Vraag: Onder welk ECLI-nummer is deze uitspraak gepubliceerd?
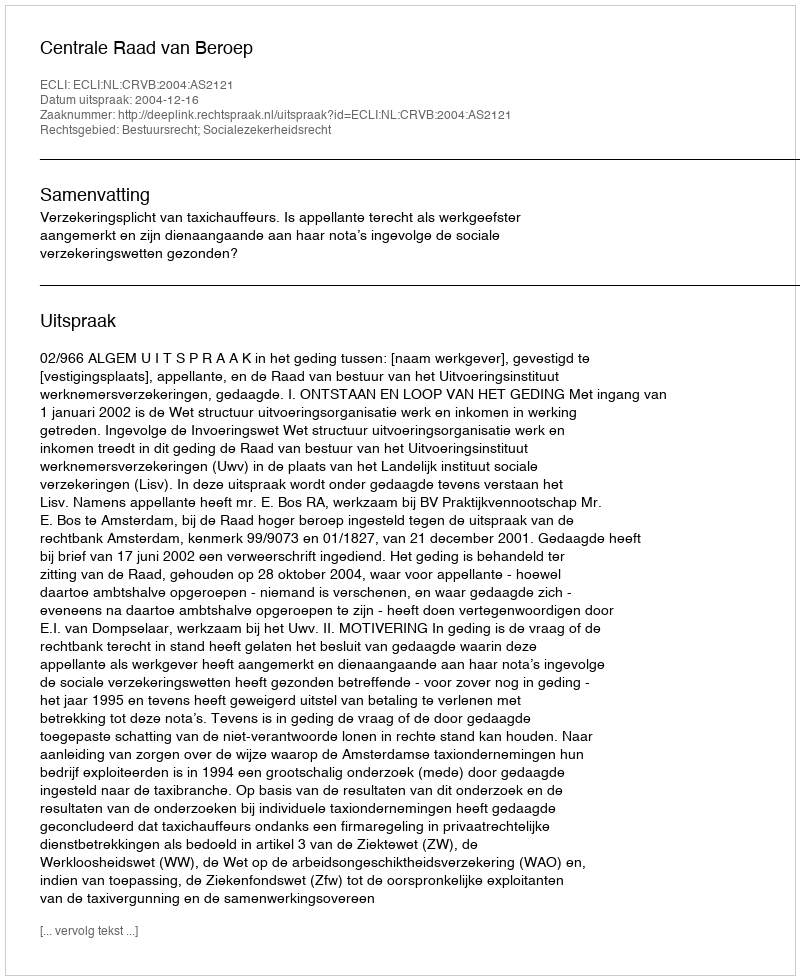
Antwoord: ECLI:NL:CRVB:2004:AS2121